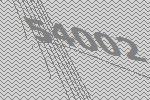
54002